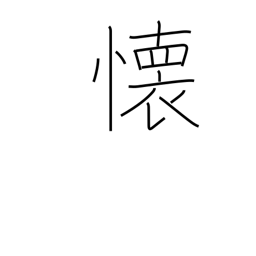
Meaning: miss someone